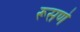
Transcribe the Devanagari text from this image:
रूसणे